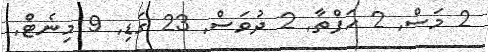
2 މަސް